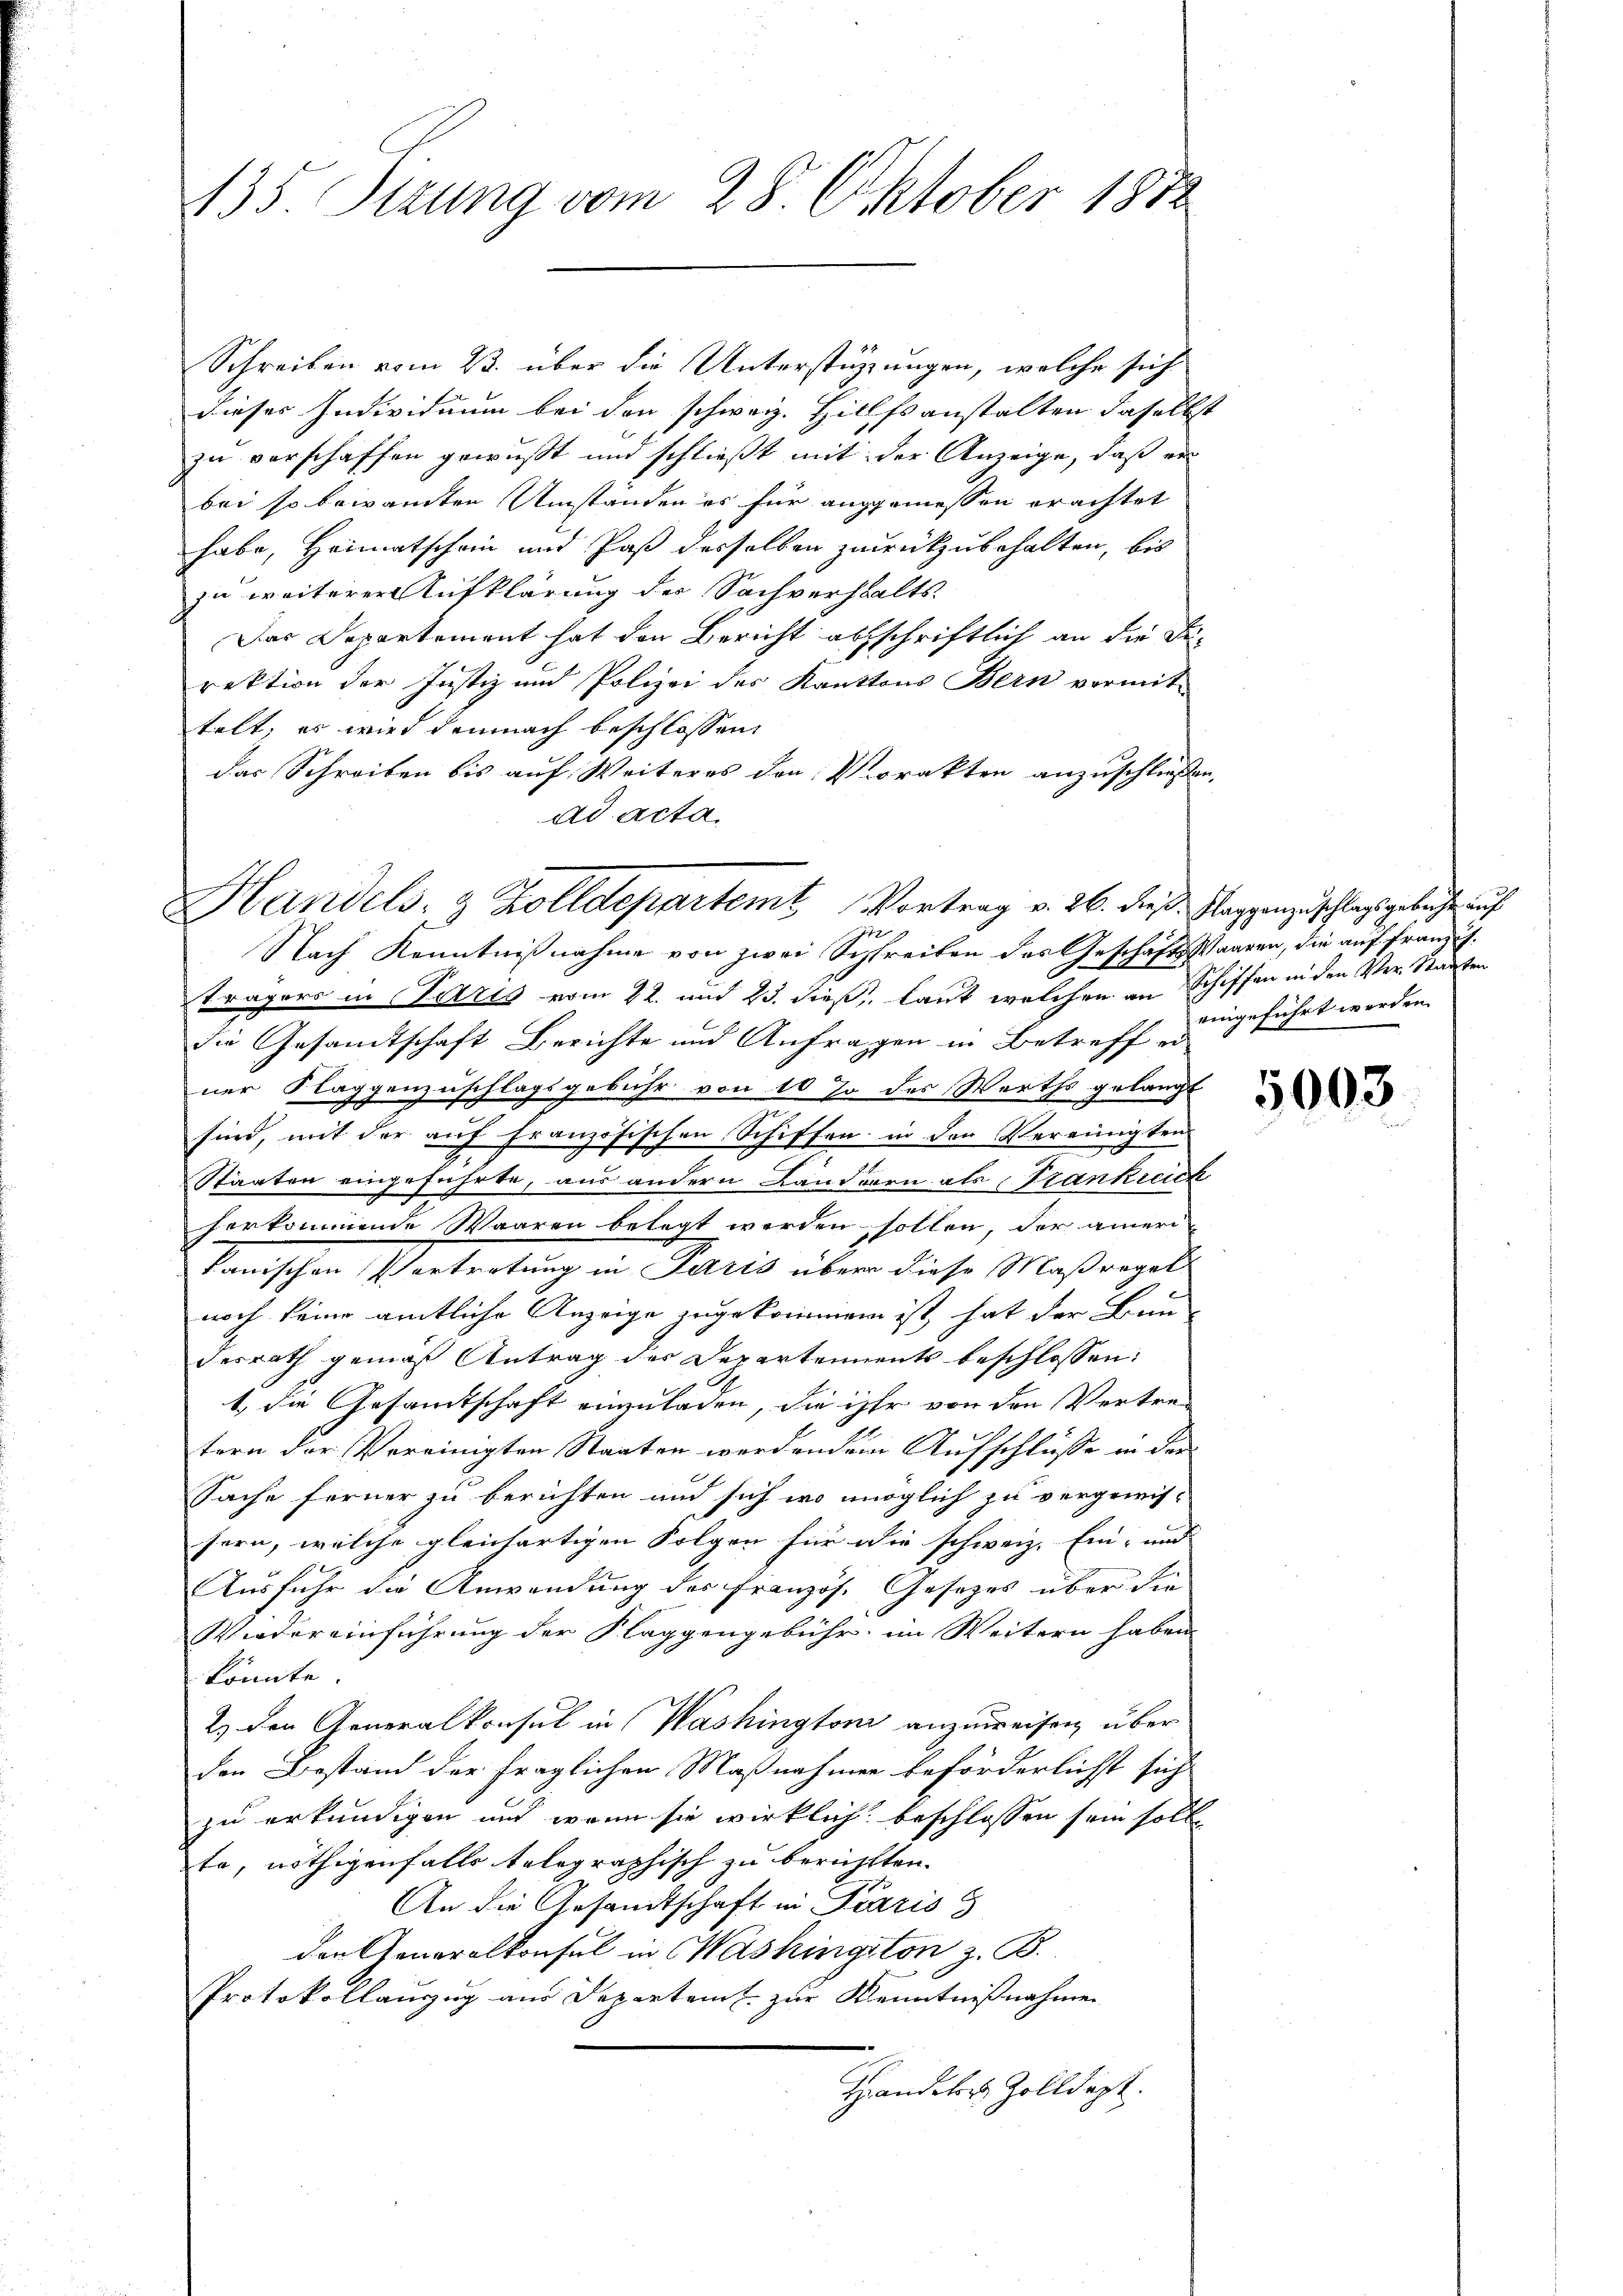
435. Stzung vom 28. Oktober 1882

Schreiben vom 23. über die Unterstüzungen, welche sich
dieses Individuum bei den schweiz. Hilfsanstalten daselbst
zu verschaffen gewußt und schließt mit der Anzeige, daß er
bei so bewandten Umständen es für angemessen erachtet
habe, Heimatschein und Paß desselben zurückzubehalten, bis
zu weiterer Aufklärung der Sachverhalts-
Das Departement hat den Bericht abschriftlich an die Firektion der Justiz und Polizei des Kantons Bern vormit-
telt, es wird demnach beschlossen,
das Schreiben bis auf Weiteres den Vorakten anzuschließen.
ad acta

Handels- & Zolldepartemt Vortrag v. 26. dieß. Klappenzuschlag gebacht auf

Nach Kenntnißnahme von zwei Schreiben des Geschäftsstaaren, die auf franzisträgers in Petris vom 22. und 23. dieß, laut welchen an Schiffen in den Ver- Staaten
die Gesandtschaft Berichte und Anfragen in Betreff ei
ner Klaggenzuschlagsgebühr von 10 % des Werths gelangt
sind, mit der auf Französischen Schiffen in den Vereinigten
Staaten eingeführte, aus andern Ländern als Frankreich
herkommende Waaren belegt werden sollen, der ameri-
tanischen Vertretung in Paris über diese Maßregel
noch keine amtliche Anzeige zugekommen ist hat der Bun-
desrath gemäß Antrag des Departements beschlossen:
t, die Gesamtschaft einzuladen, die ihr von den Vertre-
tern der Vereinigten Staaten werdendem Aufschlüsse in den
Sache ferner zu berichten und sich wo möglich zu vergreifsern, welche gleichartigen Folgen für die schweiz. Ein- und |
Ausfuhr die Anwendung des Französ. Gesetzes über die
Wiedereinführung der Klaggengebühr im Weitern haben
könnte.
2.) Den Generalkonsul in Washingtoni anzuweisen über
den Bestand der fraglichen Maßnahmen beförderlichst sich
zu erkundigen und wenn sie wirklich beschlossen sein solle
Er, nöthigenfalls telegraphisch zu berichtten.
An die Gesandtschaft in Paris
den Ameralkonsul in Washingiton z. B.
Protokollanzug aus Departamt zur Kenntnißnahmen
Handels Zolldept.

eingeführt werden.

5003